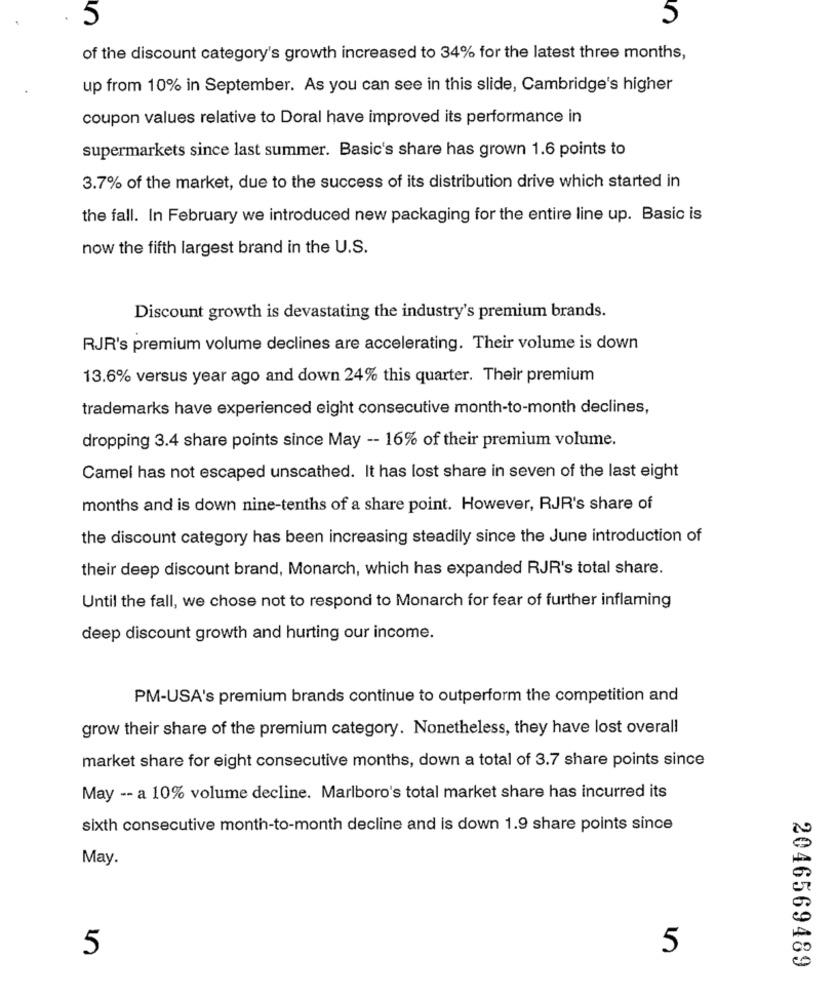
5
5
of the discount category's growth increased to 34% for the latest three months,
up from 10% in September. As you can see in this slide, Cambridge's higher
coupon values relative to Doral have improved its performance in
supermarkets since last summer. Basic's share has grown 1.6 points to
3.7% of the market, due to the success of its distribution drive which started in
the fall. In February we introduced new packaging for the entire line up. Basic is
now the fifth largest brand in the U.S.
Discount growth is devastating the industry's premium brands.
RJR's premium volume declines are accelerating. Their volume is down
13.6% versus year ago and down 24% this quarter. Their premium
trademarks have experienced eight consecutive month-to-month declines,
dropping 3.4 share points since May -- 16% of their premium volume.
Camel has not escaped unscathed. It has lost share in seven of the last eight
months and is down nine-tenths of a share point. However, RJR's share of
the discount category has been increasing steadily since the June introduction of
their deep discount brand, Monarch, which has expanded RJR's total share.
Until the fall, we chose not to respond to Monarch for fear of further inflaming
deep discount growth and hurting our income.
PM-USA's premium brands continue to outperform the competition and
grow their share of the premium category. Nonetheless, they have lost overall
market share for eight consecutive months, down a total of 3.7 share points since
May -- a 10% volume decline. Marlboro's total market share has incurred its
sixth consecutive month-to-month decline and is down 1.9 share points since
May.
5
5
2046569489